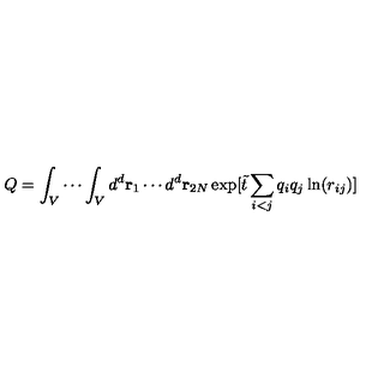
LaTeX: Q = \int _ { V } \cdots \int _ { V } d ^ { d } { \bf r } _ { 1 } \cdots d ^ { d } { \bf r } _ { 2 N } \exp [ { \tilde { t } } \sum _ { i < j } q _ { i } q _ { j } \ln ( r _ { i j } ) ]